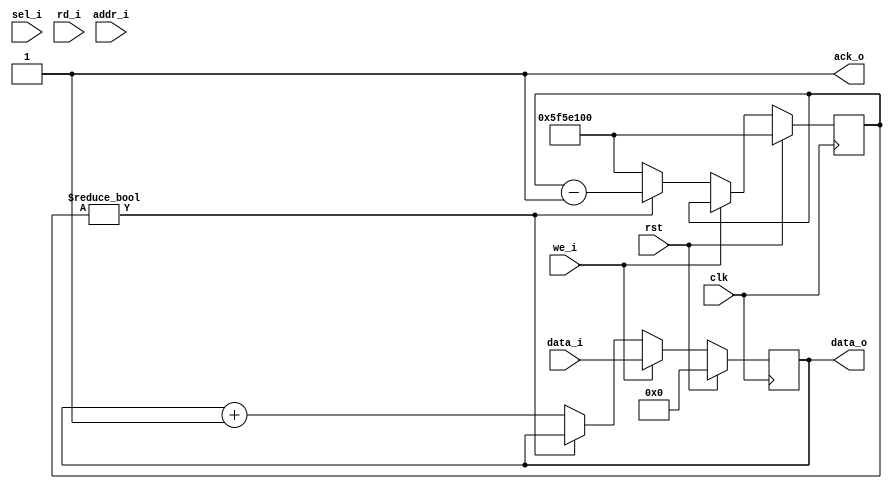
module datetime(
    input  clk,
    input  rst,

    input  [31:0]   addr_i,
    output [31:0]   data_o,
    input  [31:0]   data_i,
    input  [ 1:0]   sel_i,
    input           rd_i,
    input           we_i,
    output          ack_o
    );

    parameter CLOCK_FREQ    = 100_000_000;

    reg  [31:0] unix_time_reg;
    reg  [31:0] counter;

    assign data_o       = unix_time_reg;
    assign ack_o        = 1'b1;

    task init;
    begin
        unix_time_reg   <= 0;
        counter         <= CLOCK_FREQ;
    end
    endtask

    initial init();

    always @(posedge clk) begin
        if (rst) init();
        else begin
            if (we_i)           unix_time_reg   <= data_i;
            else begin
                if (counter)    counter         <= counter - 1;
                else begin
                    counter         <= CLOCK_FREQ;
                    unix_time_reg   <= unix_time_reg + 1;
                end
            end
        end
    end
endmodule